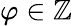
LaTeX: \varphi\in\mathbb{Z}